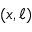
( x , \ell )